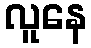
လူနေ